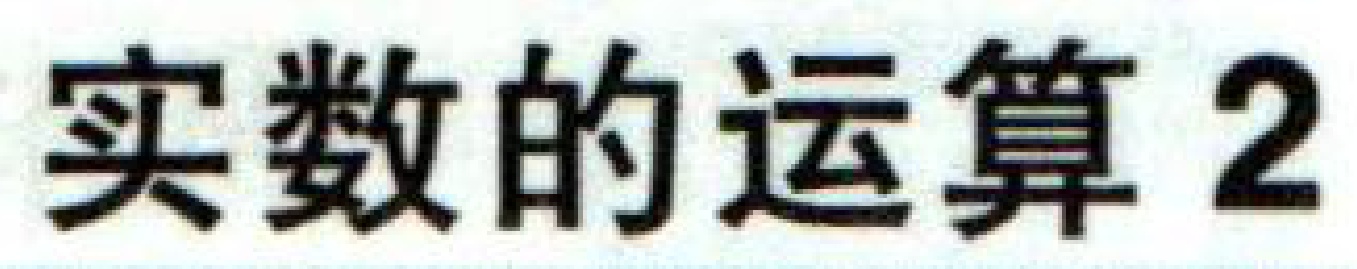
实数的运算2